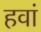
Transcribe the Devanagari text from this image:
हवां